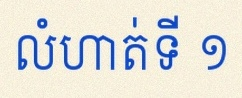
លំហាត់ទី ១